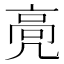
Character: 𱅵